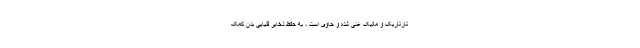
تارتاریک و مالیک غنی شده و حاوی است ، به حفظ ذخایر قلیایی بدن کمک